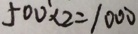
5 0 0 \times 2 = 1 0 0